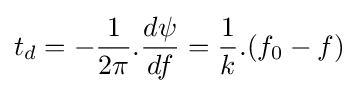
t_{d}=-{\frac {1}{2\pi }}.{\frac {d\psi }{df}}={\frac {1}{k}}.(f_{0}-f)